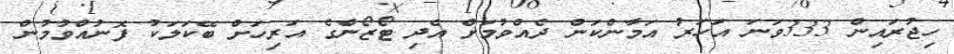
ހިޖުރައިން 333ވަނަ އަހަރު އަމާންކަން ދެއްވުމަށް އެދި ޓޯޒޯންގެ އަރިހަށް ބޭކަލަކު ފޮނުއްވުމުން